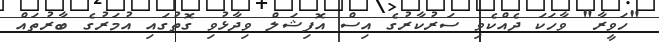
"ހަވީރާ" ވާހަކަ ދެއްކެވި ސަރުކާރުގެ އިސް އޮފިޝަލް ވިދާޅުވި ގޮތުގައި އުމަރުގެ ބާރުތައް